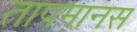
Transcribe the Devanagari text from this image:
तापमानस